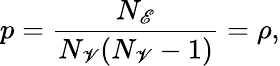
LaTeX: p=\frac{N_{\mathscr{E}}}{N_{\mathscr{V}}(N_{\mathscr{V}}-1)}=\rho,